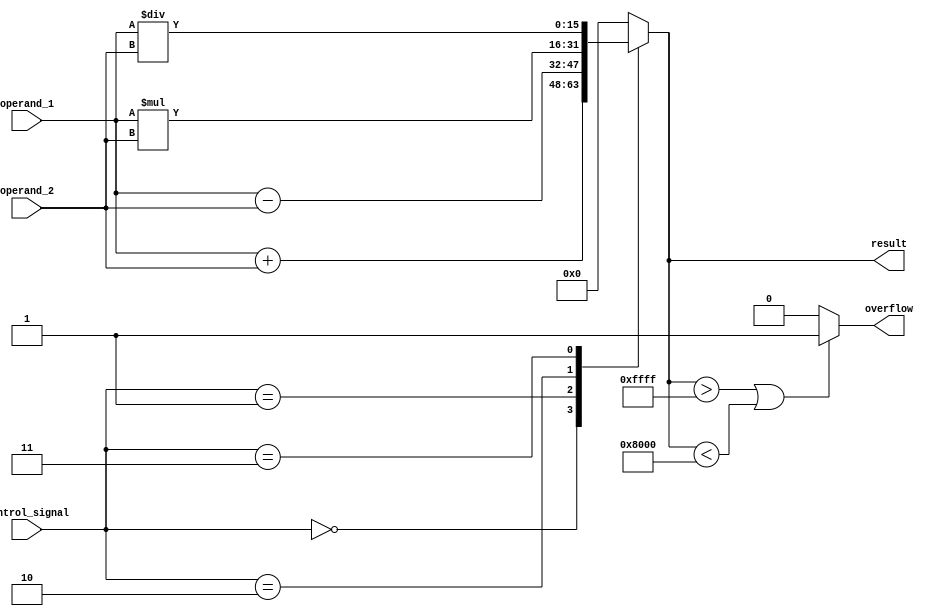
module alu(
  input [15:0] operand_1,
  input [15:0] operand_2,
  input [3:0] control_signal,
  output reg [15:0] result,
  output reg overflow
);

always @(*)
begin
  case(control_signal)
    4'b0000: result = operand_1 + operand_2; // Addition
    4'b0001: result = operand_1 - operand_2; // Subtraction
    4'b0010: result = operand_1 * operand_2; // Multiplication
    4'b0011: result = operand_1 / operand_2; // Division
    default: result = 16'h0000; // Default to 0 output
  endcase
  
  // Overflow detection logic
  if(result > 16'hFFFF || result < -16'h8000)
    overflow = 1;
  else
    overflow = 0;
end

endmodule